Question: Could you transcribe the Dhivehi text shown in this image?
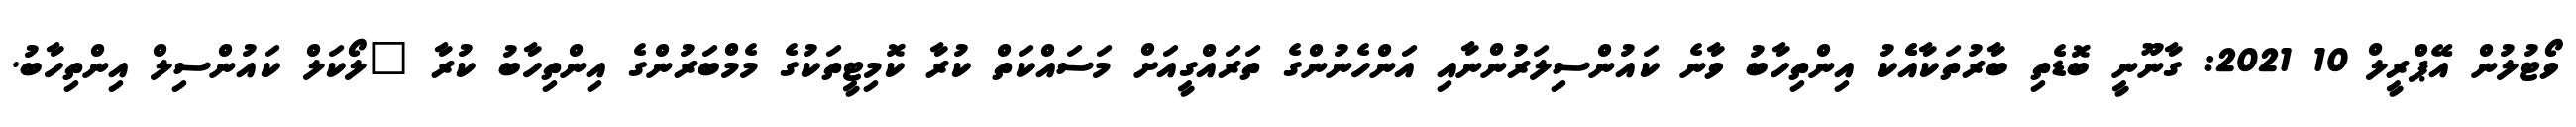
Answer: ވޯޓުލުން އޭޕްރީލް 10 2021: ގާނޫނީ ބޮޑެތި ބާރުތަކާއެެކު އިންތިހާބު ވާނެ ކައުންސިލަރުންނާއި އަންހެނުންގެ ތަރައްގީއަށް މަސައްކަތް ކުރާ ކޮމިޓީތަކުގެ މެމްބަރުންގެ އިންތިހާބު ކުރާ "ލޯކަލް ކައުންސިލް އިންތިހާބު.